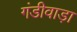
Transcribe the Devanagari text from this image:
गंडीवाड़ा